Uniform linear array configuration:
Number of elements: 32
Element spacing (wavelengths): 1
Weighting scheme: cosine
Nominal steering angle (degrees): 60
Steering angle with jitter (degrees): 59.022
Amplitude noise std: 0.05
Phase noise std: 0.05

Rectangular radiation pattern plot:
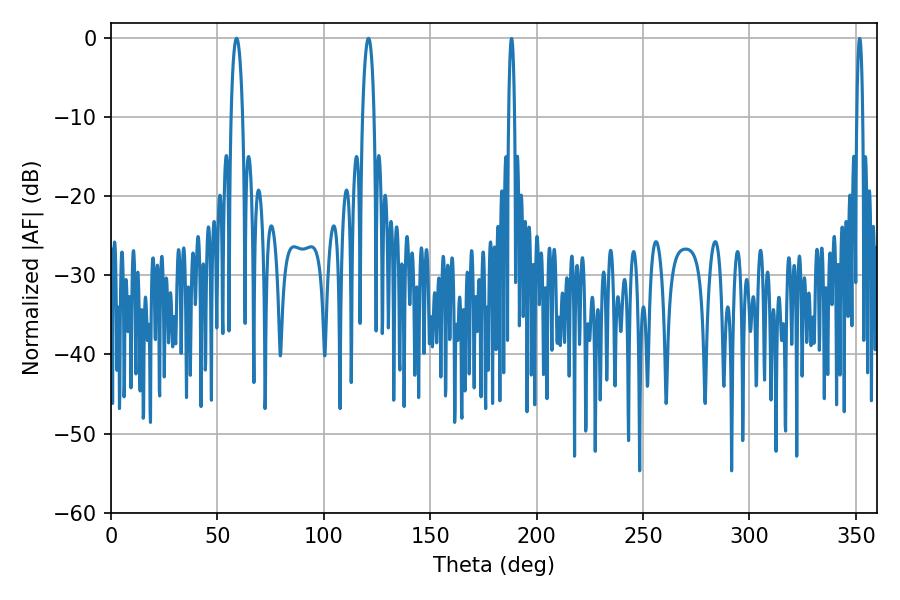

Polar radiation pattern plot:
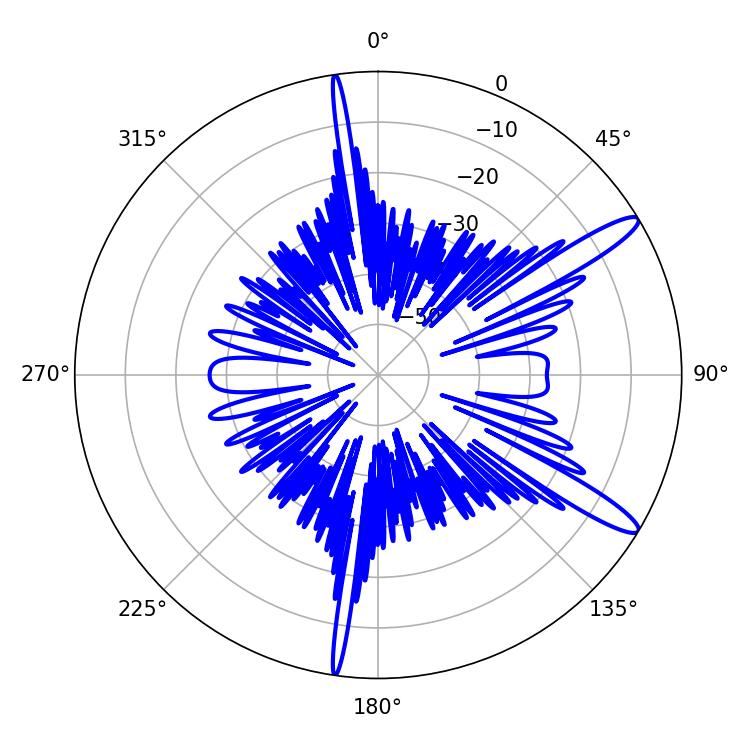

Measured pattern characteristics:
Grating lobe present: TRUE
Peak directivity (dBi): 13.236
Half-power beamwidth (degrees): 3.06
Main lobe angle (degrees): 120.96